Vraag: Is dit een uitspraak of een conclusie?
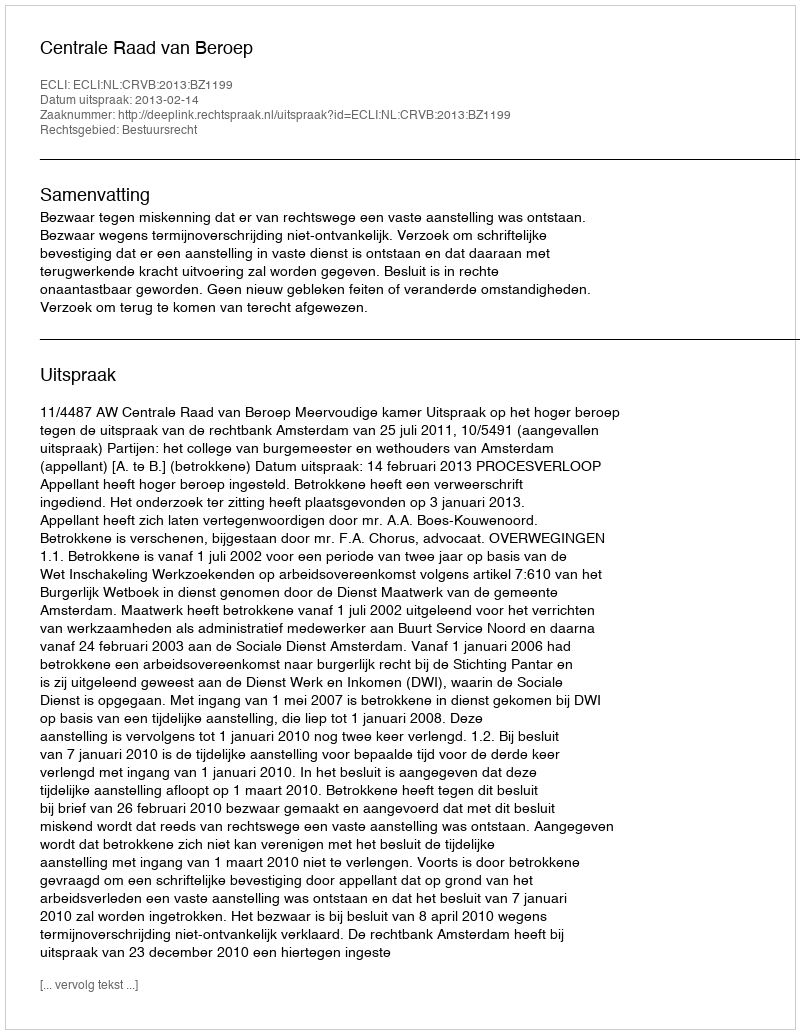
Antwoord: Uitspraak